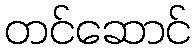
တင်ဆောင်